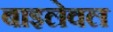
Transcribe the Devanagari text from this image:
बाइलेवल